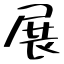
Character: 展